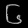
Digit: ၆